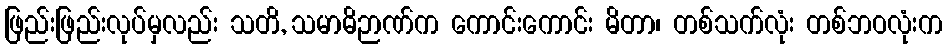
ဖြည်းဖြည်းလုပ်မှလည်း သတိ, သမာဓိဉာဏ်က ကောင်းကောင်း မိတာ၊ တစ်သက်လုံး တစ်ဘဝလုံးက